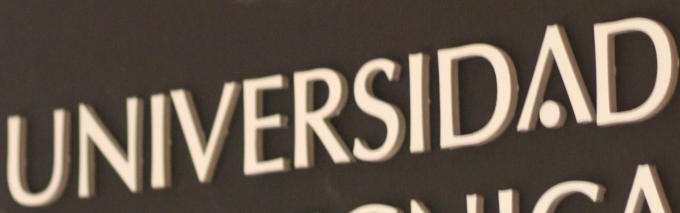
UNIVERSIDAD